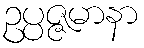
ဥပ္ပဇ္ဇမာနာ